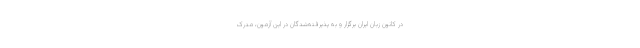
در کانون زبان ایران برگزار و به پذیرفته‌شدگان در این آزمون، مدرک